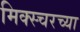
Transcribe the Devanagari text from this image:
मिक्स्चरच्या